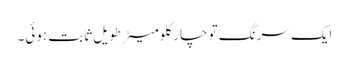
ایک سرنگ تو چار کلومیٹرطویل ثابت ہوئی۔